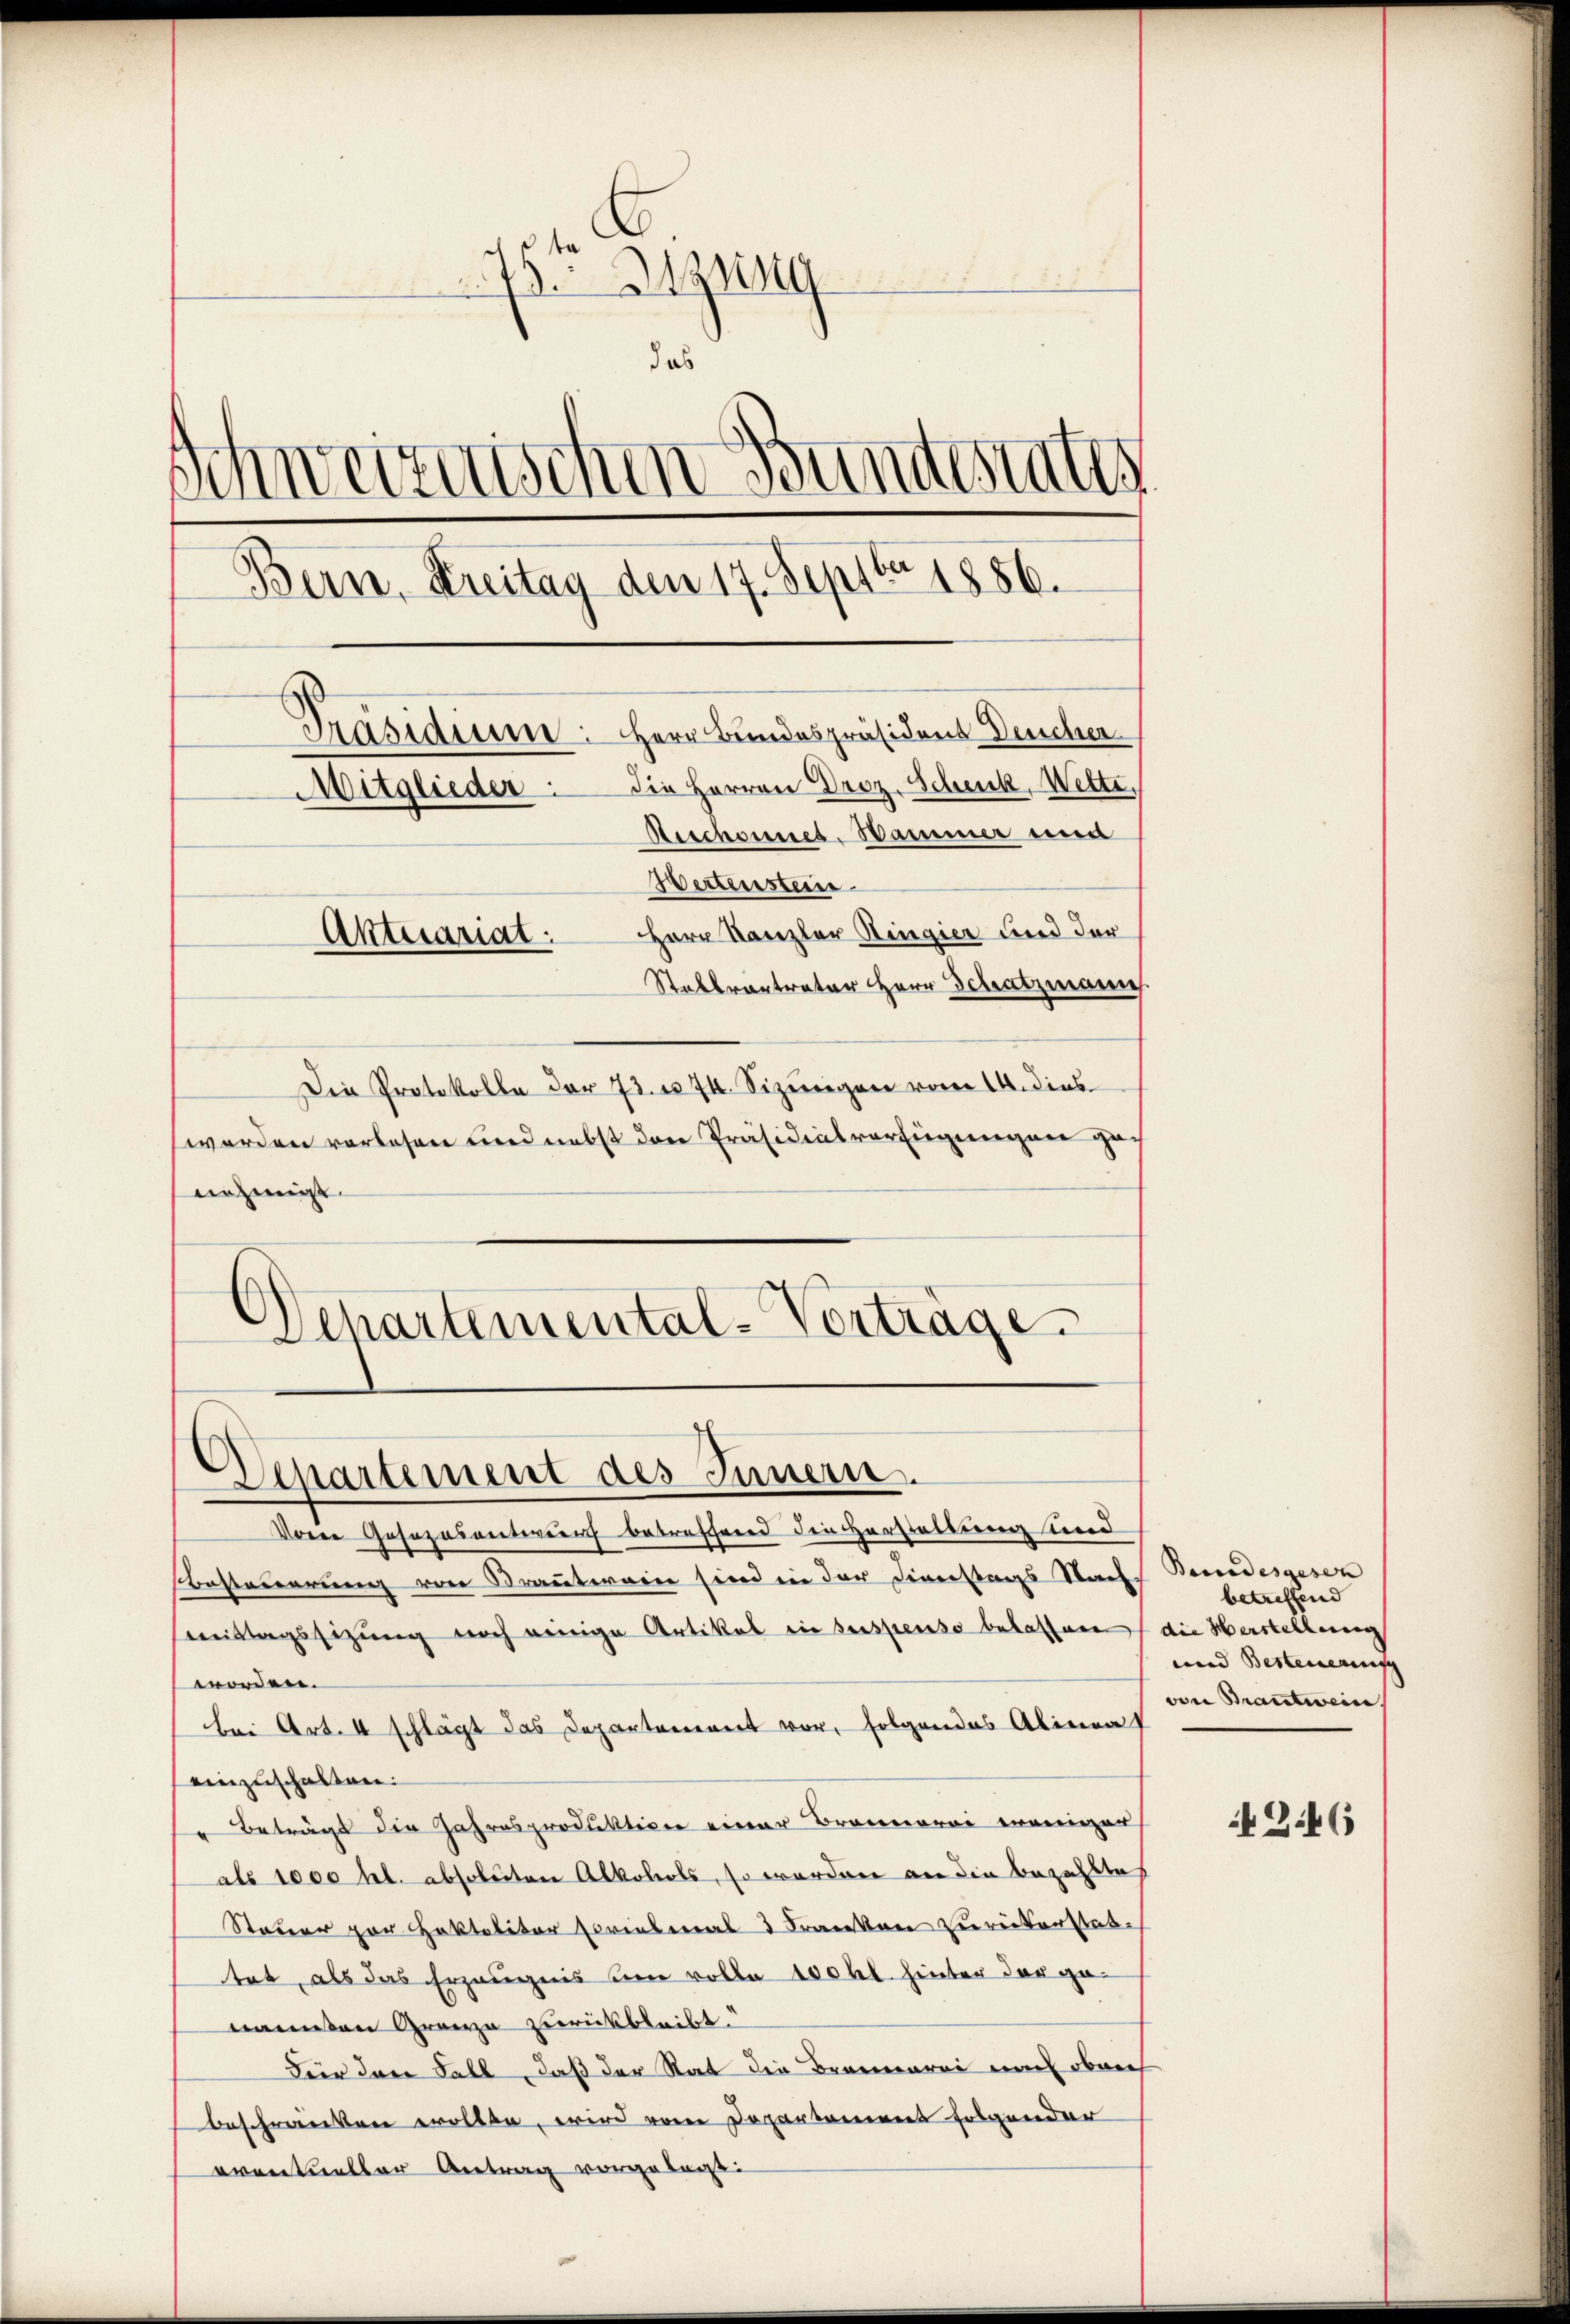
dsta
13. Sigung
das
Schweizerischen Bumtestates
Bern, Kreitag den 17. Septbr 1856.
Präsidiun: Herr Bundespräsident Deucher
Mitglieder die Herren Droz. Schenk, Wette,
Rischonnes. Hammer einer
Wertenstein
Herr Kanzler Ringier und der
Aktuariat.
Stabsvertrator Herr Schatzmann

Die Protokolle der 73. 74. Sizungen vom 14. dies
werden vorlesen und nebst den Präsidialverfügungen gan
nehmigt.
.
Schartemental-Vorträge

Departement des Innern.

Von Gesezesentirung betreffend die Verstellung und
Besteuerung von Brauterain sind in der Diverstags Nach
mittagssitzung noch einige Artikel ein suspenso belassen die Herstellung
worden.
bei Art. 4 schlägt das Departement vor, folgendes Abinat
einzuschalten:
" Beträgt die Jahresproduktion einer Brennerei weniger
als 1000 fl. absoleiten Alkohols, so wordere an die bezahltes
Steuer par oktolitor Priesmal 3 Franken zurückerstate
tet, als das Erzeugnis une volle 100 kl. hinter der genannten Grazze zurückbleibt.
Für dere Fall, daß der Rat die Brannarei un oberh
beschwerenten wollte, wird von Departement folgender
eventueller Antrag vorgelagt

Beccedesgesen |
betreffend
nund Besteuerenisch |
von Brantwein.

246